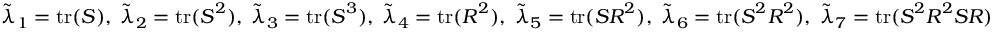
\tilde { \lambda } _ { 1 } = \operatorname { t r } ( \boldsymbol { S } ) , \; \tilde { \lambda } _ { 2 } = \operatorname { t r } ( \boldsymbol { S } ^ { 2 } ) , \; \tilde { \lambda } _ { 3 } = \operatorname { t r } ( \boldsymbol { S } ^ { 3 } ) , \; \tilde { \lambda } _ { 4 } = \operatorname { t r } ( \boldsymbol { R } ^ { 2 } ) , \; \tilde { \lambda } _ { 5 } = \operatorname { t r } ( \boldsymbol { S } \boldsymbol { R } ^ { 2 } ) , \; \tilde { \lambda } _ { 6 } = \operatorname { t r } ( \boldsymbol { S } ^ { 2 } \boldsymbol { R } ^ { 2 } ) , \; \tilde { \lambda } _ { 7 } = \operatorname { t r } ( \boldsymbol { S } ^ { 2 } \boldsymbol { R } ^ { 2 } \boldsymbol { S } \boldsymbol { R } )